Civil Veterinary Dept. Assam report 1927-50 - 1927-1950
Year: 1927
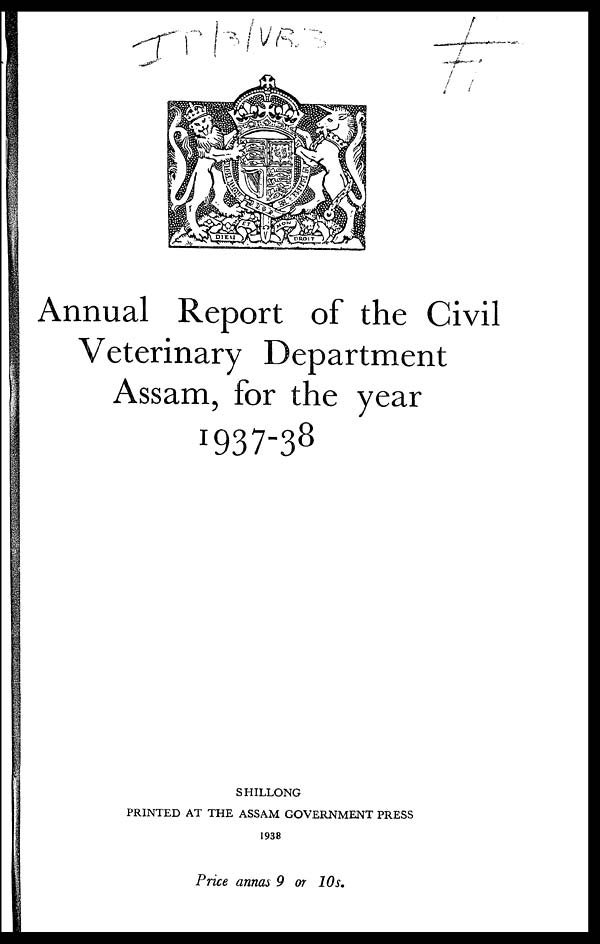
Annual Report of the Civil
Veterinary Department
Assam, for the year
1937-38
SHILLONG
PRINTED AT THE ASSAM GOVERNMENT PRESS
1938
Price annas 9 or 10s.